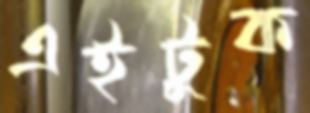
এইটুক